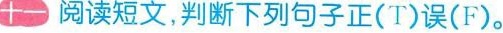
十一 阅读短文,判断下列句子正(T)误(F).。